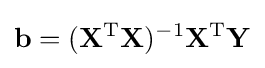
\mathbf {b} =(\mathbf {X} ^{\rm {T}}\mathbf {X} )^{-1}\mathbf {X} ^{\rm {T}}\mathbf {Y}